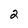
Character: 2